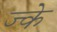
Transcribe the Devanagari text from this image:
ज्के